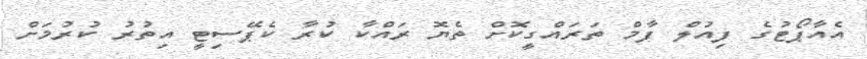
އެއާޕޯޓުގެ ފިއުލް ފާމް ތަރައްގީކޮށް ތެޔޮ ރައްކާ ކުރާ ކެޕޭސިޓީ އިތުރު ކުރުމަށް